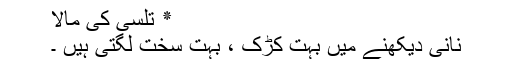
٭ تلسی کی مالا
نانی دیکھنے میں بہت کڑک ، بہت سخت لگتی ہیں ۔